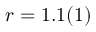
r = 1 . 1 ( 1 )